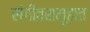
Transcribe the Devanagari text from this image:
संगीतसमूहात